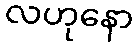
လဟုနော